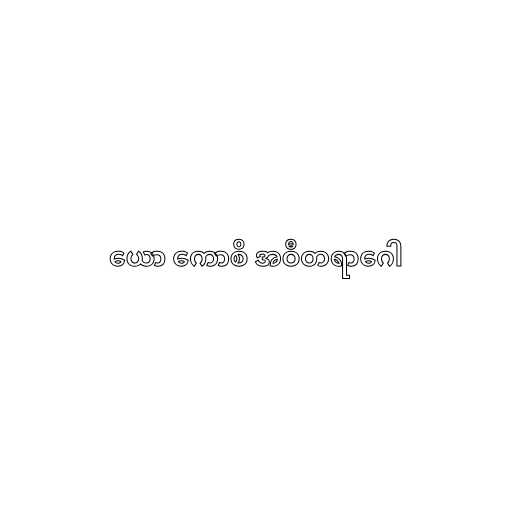
ယော ကောစိ အဝီတရာဂေါ